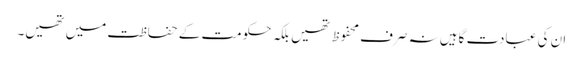
ان کی عبادت گاہیں نہ صرف محفوظ تھیں بلکہ حکومت کے حفاظت میں تھیں۔